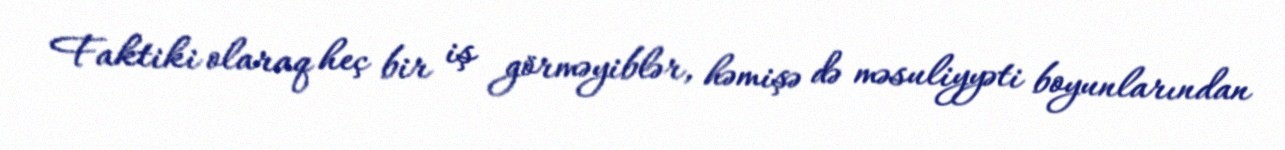
Faktiki olaraq heç bir iş görməyiblər, həmişə də məsuliyyəti boyunlarından